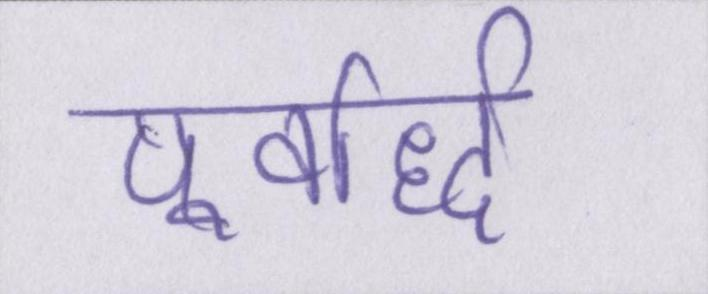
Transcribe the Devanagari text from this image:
पूर्वार्द्ध